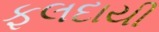
ફલદાયી